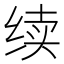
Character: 续